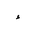
Letter: _hamza